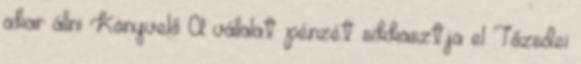
akar állni Könyvelő A vállalat pénzét sikkasztja el Tőzsdei